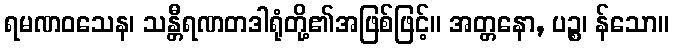
ရမဏဝသေန၊ သန္တီရဏတဒါရုံတို့၏အဖြစ်ဖြင့်။ အတ္တနော, ပဉ္စ၊ န်သော။